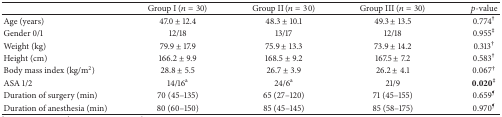
|  | Group I (n = 30) | Group II (n = 30) | Group III (n = 30) | p-value |
 | --- | --- | --- | --- | --- |
 | Age (years) | 47.0 ± 12.4 | 48.3 ± 10.1 | 49.3 ± 13.5 | 0.774† |
 | Gender 0/1 | 12/18 | 13/17 | 12/18 | 0.955‡ |
 | Weight (kg) | 79.9 ± 17.9 | 75.9 ± 13.3 | 73.9 ± 14.2 | 0.313† |
 | Height (cm) | 166.2 ± 9.9 | 168.5 ± 9.2 | 167.5 ± 7.2 | 0.583† |
 | Body mass index (kg/m2) | 28.8 ± 5.5 | 26.7 ± 3.9 | 26.2 ± 4.1 | 0.067† |
 | ASA 1/2 | 14/16a | 24/6a | 21/9 | 0.020‡ |
 | Duration of surgery (min) | 70 (45–135) | 65 (27–120) | 71 (45–155) | 0.659¶ |
 | Duration of anesthesia (min) | 80 (60–150) | 85 (45–145) | 85 (58–175) | 0.970¶ |